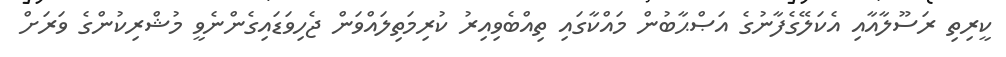
ކީރިތި ރަސޫލާއާއި އެކަލޭގެފާނުގެ އަޞްޙާބުން މައްކާގައި ތިއްބެވިއިރު ކުރިމަތިލައްވަން ޖެހިވަޑައިގެންނެވީ މުޝްރިކުންގެ ވަރަށް